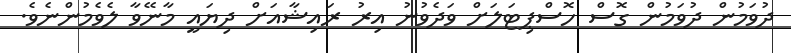
ދުވަމުން ދުވަމުން ގޮސް ހޮސްޕިޓަލަށް ވަދެވުނު އިރު ރައިޝާއަށް ދިޔައީ މާނޭވާ ލެވެމުންނެވެ.